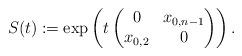
LaTeX: \begin{align*}S(t) := \exp \left( t \begin{pmatrix}0 & x_{0,n-1} \\ x_{0,2} & 0\end{pmatrix} \right). \end{align*}